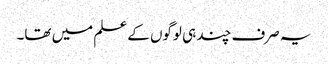
یہ صرف چند ہی لوگوں کے علم میں تھا۔